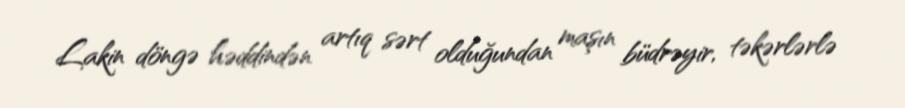
Lakin döngə həddindən artıq sərt olduğundan maşın büdrəyir, təkərlərlə